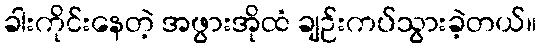
ခါးကိုင်းနေတဲ့ အဖွားအိုထံ ချဉ်းကပ်သွားခဲ့တယ်။